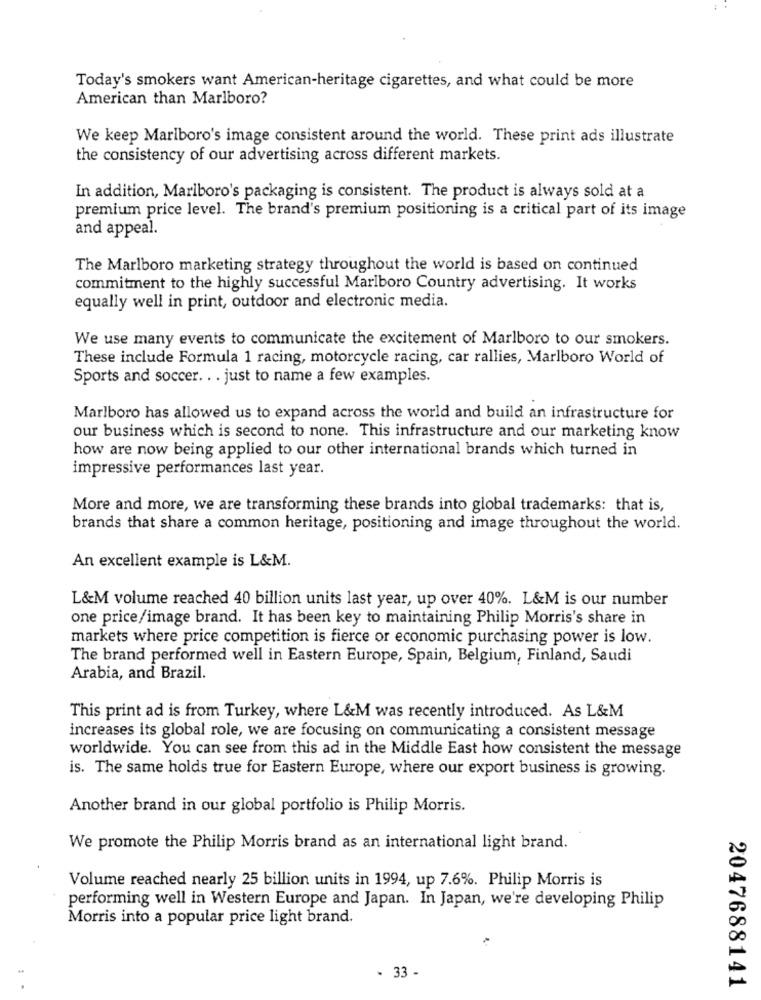
Today's smokers want American-heritage cigarettes, and what could be more
American than Marlboro?
We keep Marlboro's image consistent around the world. These print ads illustrate
the consistency of our advertising across different markets.
In addition, Marlboro's packaging is consistent. The product is always sold at a
premium price level. The brand's premium positioning is a critical part of its image
and appeal.
The Marlboro marketing strategy throughout the world is based on continued
commitment to the highly successful Marlboro Country advertising. It works
equally well in print, outdoor and electronic media.
We use many events to communicate the excitement of Marlboro to our smokers.
These include Formula 1 racing, motorcycle racing, car rallies, Marlboro World of
Sports and soccer. . . just to name a few examples.
Marlboro has allowed us to expand across the world and build an infrastructure for
our business which is second to none. This infrastructure and our marketing know
how are now being applied to our other international brands which turned in
impressive performances last year.
More and more, we are transforming these brands into global trademarks: that is,
brands that share a common heritage, positioning and image throughout the world.
An excellent example is L&M.
L&M volume reached 40 billion units last year, up over 40%. L&M is our number
one price/image brand. It has been key to maintaining Philip Morris's share in
markets where price competition is fierce or economic purchasing power is low.
The brand performed well in Eastern Europe, Spain, Belgium, Finland, Saudi
Arabia, and Brazil.
This print ad is from Turkey, where L&M was recently introduced. As L&M
increases its global role, we are focusing on communicating a consistent message
worldwide. You can see from this ad in the Middle East how consistent the message
is. The same holds true for Eastern Europe, where our export business is growing.
Another brand in our global portfolio is Philip Morris.
We promote the Philip Morris brand as an international light brand.
Volume reached nearly 25 billion units in 1994, up 7.6%. Philip Morris is
performing well in Western Europe and Japan. In Japan, we're developing Philip
Morris into a popular price light brand.
- 33 -
2047688141